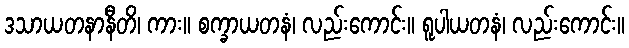
ဒသာယတနာနီတိ၊ ကား။ စက္ခာယတနံ၊ လည်းကောင်း။ ရူပါယတနံ၊ လည်းကောင်း။